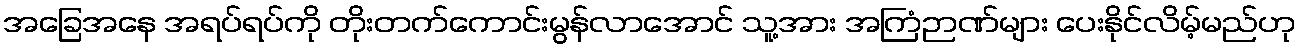
အခြေအနေ အရပ်ရပ်ကို တိုးတက်ကောင်းမွန်လာအောင် သူ့အား အကြံဉာဏ်များ ပေးနိုင်လိမ့်မည်ဟု